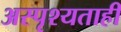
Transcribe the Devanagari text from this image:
अस्पृश्यताही